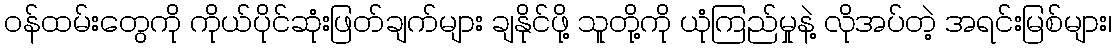
ဝန်ထမ်းတွေကို ကိုယ်ပိုင်ဆုံးဖြတ်ချက်များ ချနိုင်ဖို့ သူတို့ကို ယုံကြည်မှုနဲ့ လိုအပ်တဲ့ အရင်းမြစ်များ၊